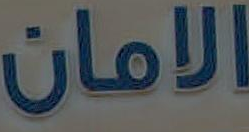
الامان